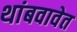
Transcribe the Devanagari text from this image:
थांबवावेत